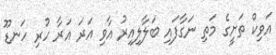
އަވިކް ތަށީގެ މަތި ނަގާފައި ބަލާލިއިރު އާވި އަރަ އަރާ ހުރި ހަނޑޫ